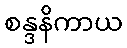
စန္ဒနိကာယ